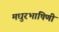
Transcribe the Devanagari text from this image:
मधुरभाषिणी